Vaccination in the Punjab 1883-1896 - 1883-1896
Year: 1883
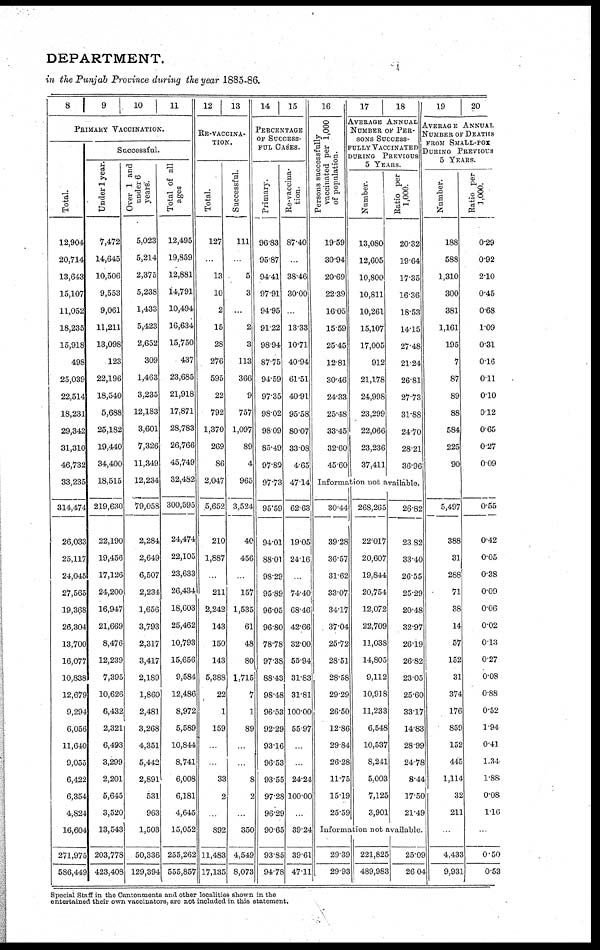
DEPARTMENT.
in the Punjab Province during the year 1885-86.
8
9
10
11
PRIMARY VACCINATION.
Total.
12,904
20,714
13,643
15,107
11,052
18,235
15,918
498
25,039
22,514
18,231
29,342
31,310
46,732
33,235
314,474
26,033
25,117
24,045
27,565
19,368
26,304
13,700
16,077
10,838
12,679
9,294
6,056
11,640
9,055
6,422
6,354
4,824
16,604
271,975
586,449
Successful.
Under 1 year.
7,472
14,645
10,506
9,553
9,061
11,211
13,098
123
22,196
18,540
5,688
25,182
19,440
34,400
18,515
219,630
22,190
19,456
17,126
24,200
16,947
21,669
8,476
12,239
7,395
10,626
6,432
2,321
6,493
3,299
2,201
5,645
3,520
13,543
203,778
423,408
Over 1 and
under 6
years.
5,023
5,214
2,375
5,238
1,433
5,423
2,652
309
1,463
3,235
12,183
3,601
7,326
11,349
12,234
79,058
2,284
2,649
6,507
2,234
1,656
3,793
2,317
3,417
2,189
1,860
2,481
3,268
4,351
5,442
2,891
531
963
1,503
50,336
129,394
Total of all
ages
12,495
19,859
12,881
14,791
10,494
16,634
15,750
437
23,685
21,918
17,871
28,783
26,766
45,749
32,482
300,595
24,474
22,105
23,633
26,434
18,603
25,462
10,793
15,656
9,584
12,486
8,972
5,589
10,844
8,741
6,008
6,181
4,645
15,052
255,262
555,857
12
13
RE-VACCINA-
TION.
Total.
127
...
13
10
2
15
28
276
595
22
792
1,370
269
86
2,047
5,652
210
1,887
...
211
2,242
143
150
143
5,388
22
1
159
...
...
33
2
...
892
11,483
17,135
Successful.
111
...
5
3
...
2
3
113
366
9
757
1,097
89
4
965
3,524
40
456
...
157
1,535
61
48
80
1,715
7
1
89
...
...
8
2
...
350
4,549
8,073
14
15
PERCENTAGE
OF SUCCESS-
FUL CASES.
Primary.
96.83
95.87
94.41
97.91
94.95
91.22
98.94
87.75
94.59
97.35
98.02
98.09
85.49
97.80
97.73
95.59
94.01
88.01
98.29
95.89
96.05
96.80
78.78
97.38
88.43
98.48
96.53
92.29
93.16
96.53
93.55
97.28
96.29
90.65
93.85
94.78
Re-vaccina-
tion.
87.40
...
38.46
30.00
...
13.33
10.71
40.94
61.51
40.91
95.58
80.07
33.08
4.65
47.14
62.63
19.05
24.16
...
74.40
68.46
42.66
32.00
55.94
31.83
31.81
100.00
55.97
...
...
24.24
100.00
...
39.24
39.61
47.11
16
Persons successfully
vaccinated per 1,000
of population.
19.59
30.94
20.69
22.39
16.05
15.59
25.45
12.81
30.46
24.33
25.48
33.45
32.60
45.60
17
18
AVERAGE ANNUAL
NUMBER OF PER-
SONS SUCCESS-
FULLY VACCINATED
DURING PREVIOUS
5 YEARS.
Number.
13,080
12,605
10,800
10,811
10,261
15,107
17,005
912
21,178
24,998
23,299
22,066
23,236
37,411
Ratio per
1,000.
20.32
19.64
17.35
16.36
18.53
14.15
27.48
21.24
26.81
27.73
81.88
24.70
28.21
36.96
Information not available.
30.44
39.28
36.57
31.62
33.07
34.17
37.04
25.72
28.51
28.58
29.29
26.50
12.86
29.84
26.28
11.75
15.19
25.59
268,265
22'0l7
20,607
19,844
20,754
12,072
22,709
11,038
14,805
9,112
10,918
11,233
6,548
10,537
8,241
5.003
7,125
3,901
26.82
23.82
33.40
26.55
25.29
20.48
32.97
26.19
26.82
23.05
25.60
33.17
14.83
28.99
24.78
8.44
17.50
21.49
Information not available.
29.39
29.93
221,825
489,983
25.09
26 04
19
20
AVERAGE ANNUAL
NUMBER OF DEATHS
FROM SMALL-POX
DURING PREVIOUS
5 YEARS.
Number.
188
588
1,310
300
381
1,161
195
7
87
89
88
584
225
90
5,497
388
31
288
71
38
14
57
152
31
374
176
859
152
445
1,114
32
211
...
4,433
9,931
Ratio per
1,000.
0.29
0.92
2.10
0.45
0.68
1.09
0.31
0.16
0.11
0.10
0.12
0.65
0.27
0.09
0.55
0.42
0.05
0.38
0.09
0.06
0.02
0.13
0.27
0.08
0.88
0.52
1.94
0.41
1.34
1.88
0.08
1.16
...
0.50
0.53
Special Staff in the Cantonments and other localities shown in the
entertained their own vaccinators, are not included in this statement.